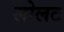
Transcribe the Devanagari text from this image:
लोलट